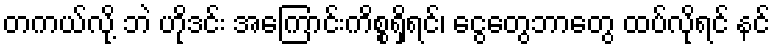
တကယ်လို့ ဘဲ ဟိုဒင်း အကြောင်းကိစ္စရှိရင်၊ ငွေတွေဘာတွေ ထပ်လိုရင် နင်